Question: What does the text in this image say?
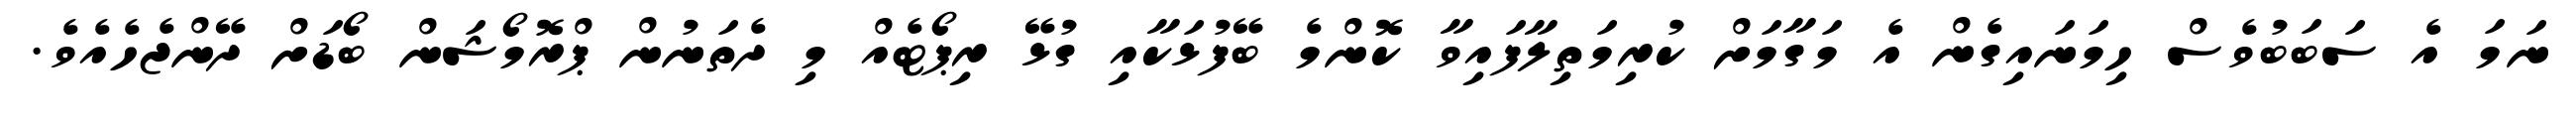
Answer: ނަމަ އެ ސަބަބުވެސް ހިމަނައިގެން އެ މަގާމަށް ކުރިމަތިލާފައިވާ ކޮންމެ ބޭފުޅަކާއި ގުޅޭ ރިޕޯޓެއް މި ދެތަނުން ޕްރޮމޯޝަން ބޯޑަށް ދޭންޖެހެއެވެ.